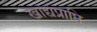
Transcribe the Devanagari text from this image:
खाद्यप्राप्ति